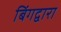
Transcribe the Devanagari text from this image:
बिंगद्वारा